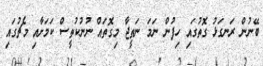
ބޭނުން ރަނގަޅު ގޮތުގައި ހިފުން ނަމަ ނަތީޖާ މިގޮތައް ނުނުކުތީސް ކަމަށާއި މެޗުގައި